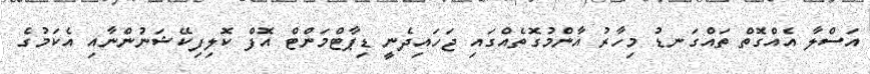
އަސްލާ އެއްގޮތް ތައްގަނޑު މިހާރު އާންމުގޮތެއްގައި ޖަހައިދެނީ ޑިޕާޓްމަންޓް އޮފް ކޮލިފިކޭޝަނުންނާއި އެކަމުގެ